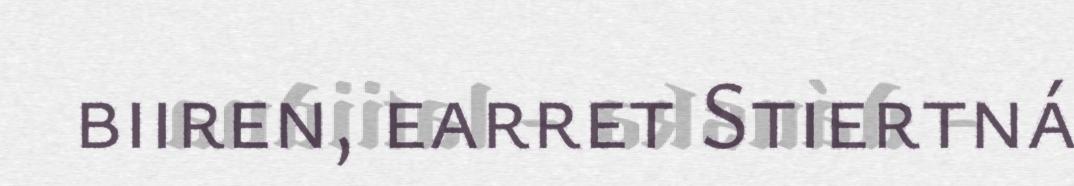
biiren, earret Stiertná